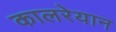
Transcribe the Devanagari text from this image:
कालरेयान